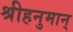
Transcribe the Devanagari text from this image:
श्रीहनुमान्